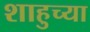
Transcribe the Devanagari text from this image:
शाहुच्या